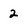
Character: 2